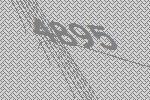
4895